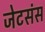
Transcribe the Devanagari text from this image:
जेटसंस